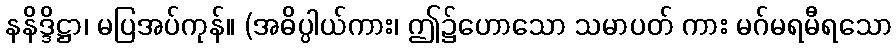
နနိဒ္ဒိဋ္ဌာ၊ မပြအပ်ကုန်။ (အဓိပ္ပါယ်ကား၊ ဤ၌ဟောသော သမာပတ် ကား မဂ်မရမီရသော